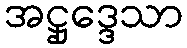
အဋ္ဌုဒ္ဒေသာ